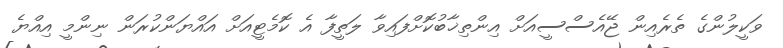
ވަކީލުންގެ ތެރެއިން ޖޭއެސްސީއަށް އިންތިޚާބުކޮށްފައިވާ ލަތީފާ އެ ކޮމެޓީއަށް އައްޔަންކުރަން ނިންމީ އިއްޔެ